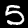
Digit: 5